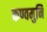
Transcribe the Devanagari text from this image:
कण्वमुनि